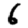
Digit: 6